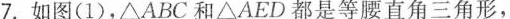
7.如图(1)，△ABC和△AED都是等腰直角三角形，